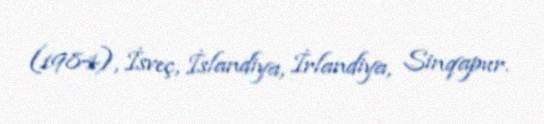
(1984), İsveç, İslandiya, İrlandiya, Sinqapur.